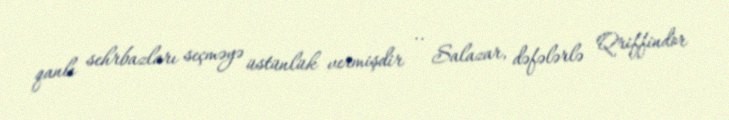
qanlı sehrbazları seçməyə üstünlük vermişdir .. Salazar, dəfələrlə Qriffindor